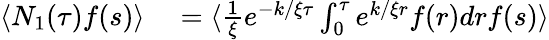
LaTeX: \begin{array}{rl}{\langle N_{1}(\tau)f(s)\rangle}&{{}=\langle\frac{1}{\xi}e^{-k/\xi\tau}\int_{0}^{\tau}e^{k/\xi r}f(r)drf(s)\rangle}\end{array}